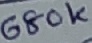
Text: 680K